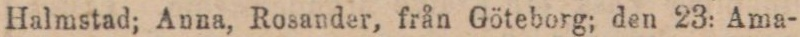
Halmstad; Anna, Rosander, från Göteborg; den 23: Ama-